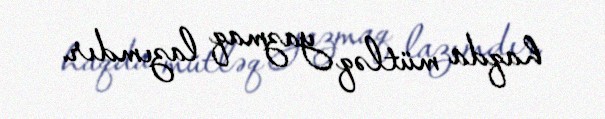
haqda mütləq yazmaq lazımdır.